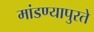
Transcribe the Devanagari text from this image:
मांडण्यापुरते